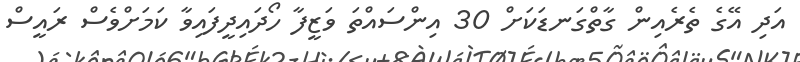
އަދި އޭގެ ތެރެއިން ގާތްގަނޑަކަށް 30 އިންސައްތަ ވަޒީފާ ހޯދައިދީފައިވާ ކަމަށްވެސް ރައީސް